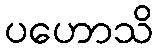
ပဟောသိ